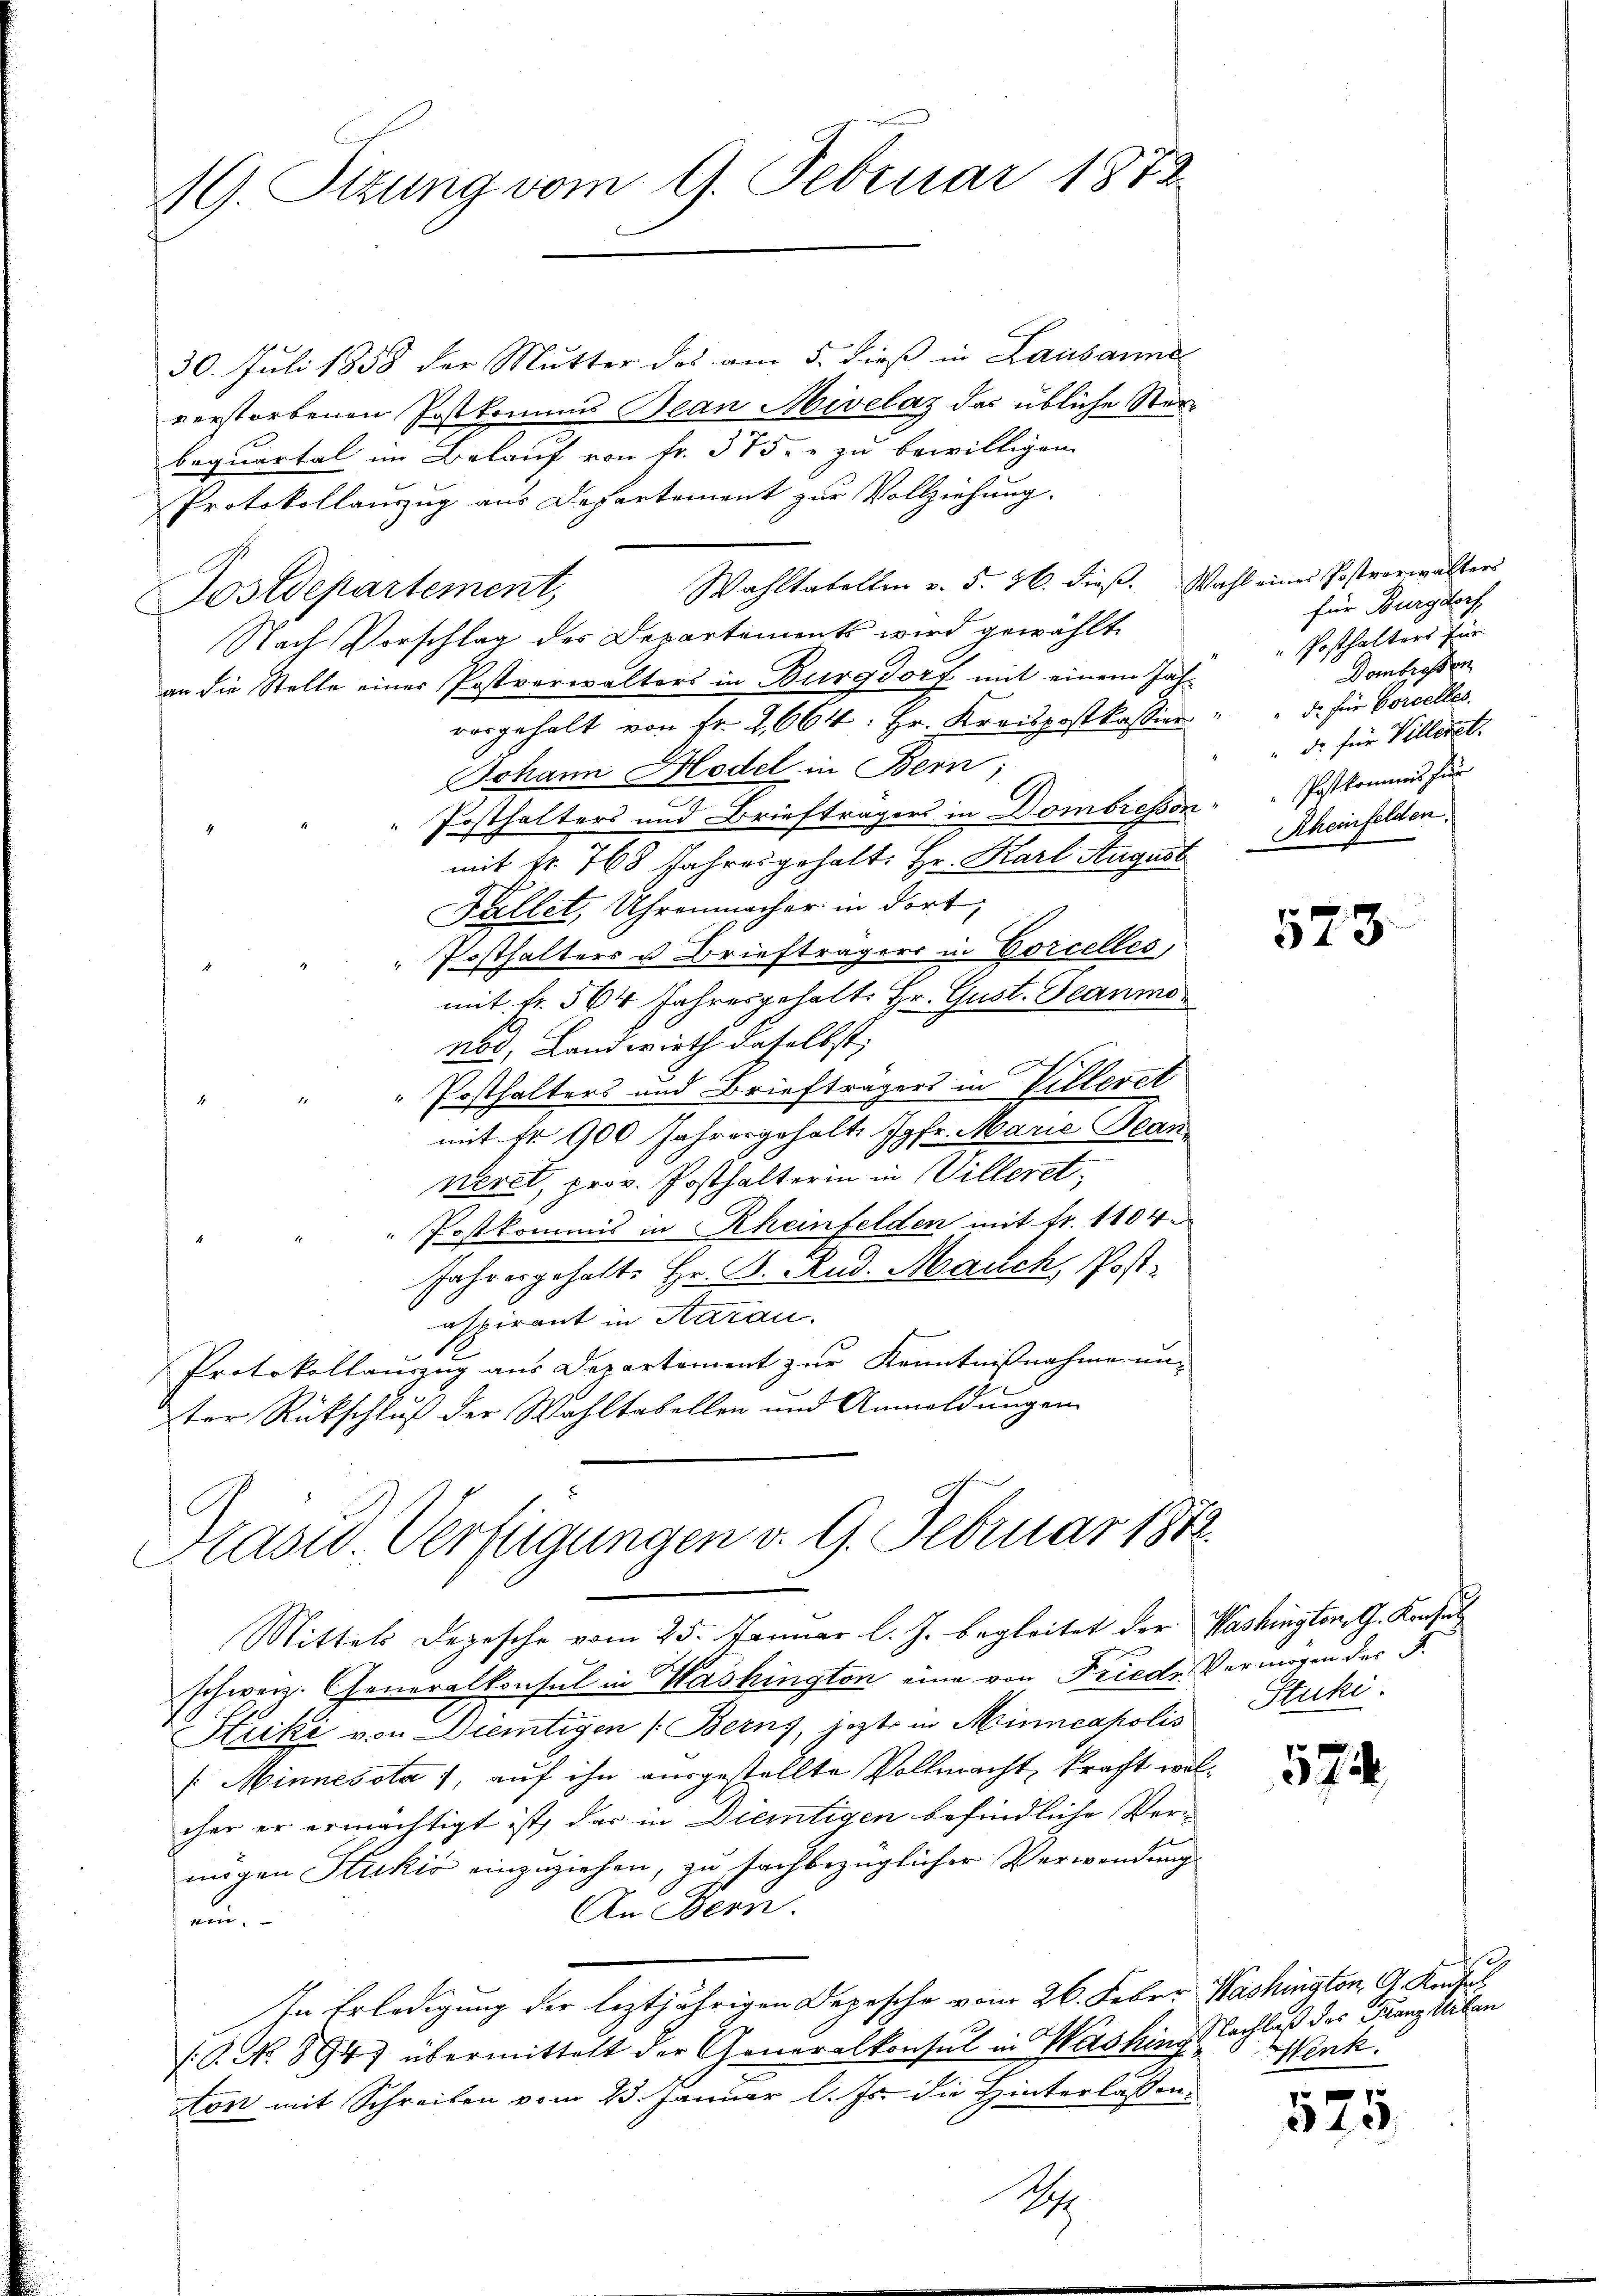
19. Ottung vom 9. Februar 1872.

30. Juli 1858 der Mutter des am 5. dieß in Lausanne
verstorbenen Postkomus Bean Mivelaz das übliche Sterbequartal im Belauf von fr. 375. zu bewilligen.
Protokollauszug aus Departement zur Vollziehung.
Wahltatellen v. 5. 76. dieß. Wahl eines Postverwalters
Postdepartement,
Nach Vorschlag des Departements wird gewählt
an die Stelle einer Postverwalters in Burgdorf mit einem Jahr
vorgeholt von Fr. 2664. Hr. Kreispostkassion
Johann Model in Bern;
Posthalters und Briefträgers in Dombresson
mit Nr. 768 Jahresgehalt: Hr. Karl August
Fallet, Uhrenmacher in dort,
" Posthalters u. Briefträgers in Corcelles,
mit Fr. 564 Jahresgehalt Hr. Gust. Jeanmonod, Landwirth daselbst;
" Posthalters und Briefträgers in Villeret
mit Fr. 900 Jahresgehalte Jgfr. Marie Bean
neret, prov. Posthalterin in Willeret,
Postkommis in Rheinfelden mit Fr. 1104.
Jahresgehalte Hr. D. Rud. March, Postaspirant in Aarau
N
Protokollauszug aus Departement zur Kenntnißnahme unter Rückschluß der Wahltabellen und Anmeldungen
Hast. Verfügungen d. 9. Februar 1872.

Mittels Depesche vom 25. Januar l. J. begleitet der Washington, G. Konsul
schweiz. Generalkonsul in Washington eine von Friede Vermögen der 3.
Hucki von Dientigen (Berns, jezt in Minneapolis
[Minnesota 1, auf ihn ausgestellte Vollmacht, kracht wolcher er ermächtigt ist, das in Dietigen befindliche Verungen Stuckić einzuziehen, zu sachbezüglicher Verwendung
An Bern.
ein.
In Erledigung der leztjährigen Depesche vom 26. Feber Washington, 9. Neusal
(G. No 894) übermittelt der Generalkonsul in Washing Nachlaß des Franz Kalen
ton mit Schreiben vom 23. Januar l. Js. die Hinterlassen.

C

S.

für Burgdorf
Posthalters für
Dombrossen
d. für Borcelles.
" de für Villeret.
Postkommnis zur
Rheinfelden.

573.

Stuki.

57

t
enk.

575.